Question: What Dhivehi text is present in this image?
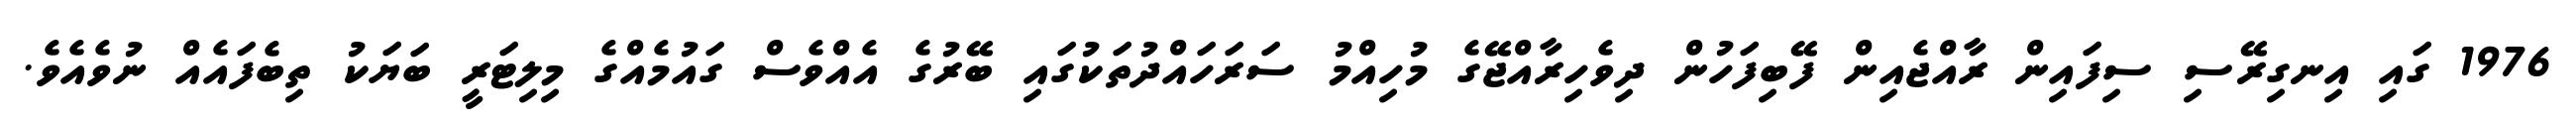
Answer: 1976 ގައި އިނގިރޭސި ސިފައިން ރާއްޖެއިން ފޭބިފަހުން ދިވެހިރާއްޖޭގެ މުހިއްމު ސަރަހައްދުތަކުގައި ބޭރުގެ އެއްވެސް ގައުމެއްގެ މިލިޓަރީ ބަޔަކު ތިބެފައެއް ނުވެއެވެ.